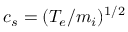
c _ { s } = ( T _ { e } / m _ { i } ) ^ { 1 / 2 }